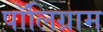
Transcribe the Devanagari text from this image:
पॉलिग्राम